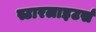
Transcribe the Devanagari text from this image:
स्टारलाइटर्स